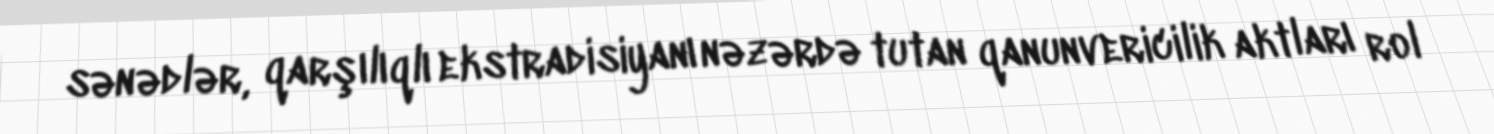
sənədlər, qarşılıqlı ekstradisiyanı nəzərdə tutan qanunvericilik aktları rol